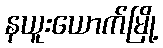
နယူးယောက်မြို့